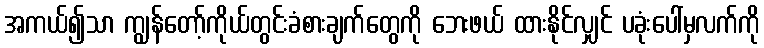
အကယ်၍သာ ကျွန်တော့်ကိုယ်တွင်းခံစားချက်တွေကို ဘေးဖယ် ထားနိုင်လျှင် ပခုံးပေါ်မှလက်ကို